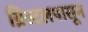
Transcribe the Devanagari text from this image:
ब्रिस्टलपासून